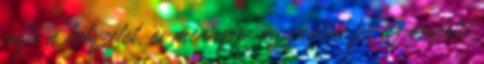
adja a helyzetet, és mennyire használod fel az eredetit